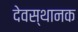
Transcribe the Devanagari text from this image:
देवस्थानक